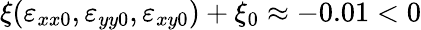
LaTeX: \xi(\varepsilon_{xx0},\varepsilon_{yy0},\varepsilon_{xy0})+\xi_{0}\approx-0.01<0